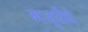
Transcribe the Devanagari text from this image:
मजुरीचे